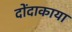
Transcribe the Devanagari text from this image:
दोंदाकाया